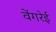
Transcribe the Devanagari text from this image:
वेंगरेई